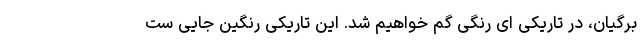
برگیانِ، در تاریکی ای رنگی گُم خواهیم شد. این تاریکیِ رنگین جایی ست